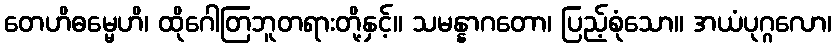
တေဟိဓမ္မေဟိ၊ ထိုဂေါတြဘူတရားတို့နှင့်။ သမန္နာဂတော၊ ပြည့်စုံသော။ အယံပုဂ္ဂလော၊